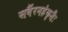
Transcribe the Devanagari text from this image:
सर्वैरनहंकृतैः